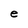
Character: e